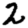
Digit: 2